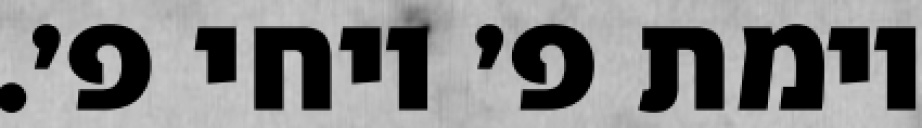
וימת פ׳ ויחי פ׳.